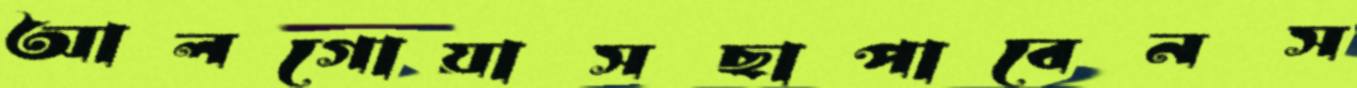
আলগোয়াসছাপাবেনস